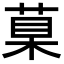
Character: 𦳮